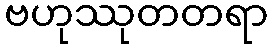
ဗဟုဿုတတရာ